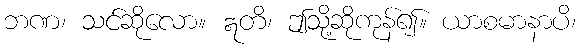
ဘဏ၊ သင်ဆိုလော။ ဣတိ၊ ဤသို့ဆိုကုန်၍။ ယာစမာနာပိ၊